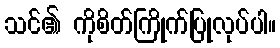
သင်၏ ကိုစိတ်ကြိုက်ပြုလုပ်ပါ။